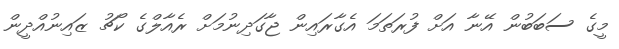
މީގެ ސަބަބުން އޭނާ އަށް ފުރަތަމަ އެގާރައިން ޖާގަދިނުމަށް ރެއާލްގެ ކޯޗު ޒައިނުއްދީން